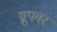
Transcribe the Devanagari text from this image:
ग्रूपवर